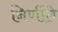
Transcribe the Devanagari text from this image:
निर्णीते